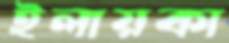
ইলায়কা